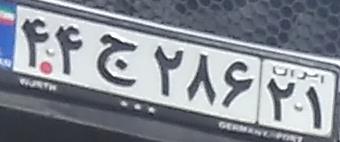
۴۴ج۲۸۶۲۱